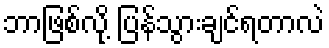
ဘာဖြစ်လို့ ပြန်သွားချင်ရတာလဲ